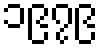
၁၉၇၉